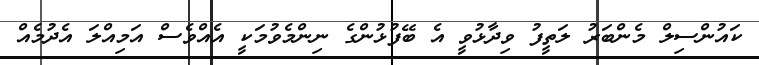
ކައުންސިލް މެންބަރު ލަތީފު ވިދާޅުވީ އެ ބޭފުޅުންގެ ނިންމެވުމަކީ އެއްވެސް އަމިއްލަ އެދުމެއް